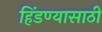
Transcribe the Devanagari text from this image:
हिंडण्यासाठी